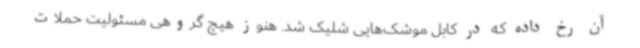
آن رخ داده که در کابل موشک‌هایی شلیک شد. هنوز هیچ گروهی مسئولیت حملات